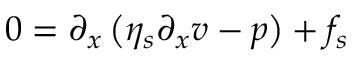
0 = \partial _ { x } \left( \eta _ { s } \partial _ { x } v - p \right) + f _ { s }